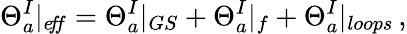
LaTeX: \Theta_{a}^{I}|_{e\! f\! f}=\Theta_{a}^{I}|_{GS}+\Theta_{a}^{I}|_{f}+\Theta_{a}^{I}|_{loops}\, ,